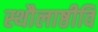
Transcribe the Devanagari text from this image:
स्थौलाष्ठीवि